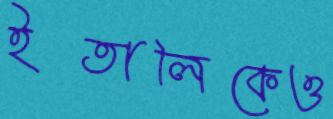
ইতালিকেও